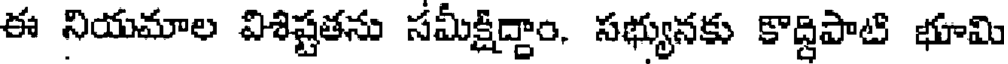
ఈ నియమాల విశిష్టతను సమీక్షిద్దాం. సభ్యునకు కొద్దిపాటి భూమి